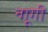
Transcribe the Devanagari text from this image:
न्गूगी